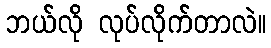
ဘယ်လို လုပ်လိုက်တာလဲ။